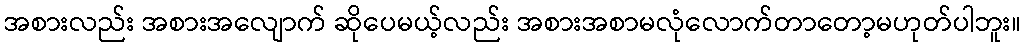
အစားလည်း အစားအလျောက် ဆိုပေမယ့်လည်း အစားအစာမလုံလောက်တာတော့မဟုတ်ပါဘူး။